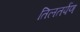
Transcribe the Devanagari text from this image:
तिलतर्पण